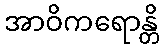
အာဝိကရောန္တိ